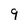
Character: 9